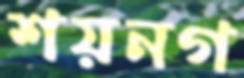
শয়নগ